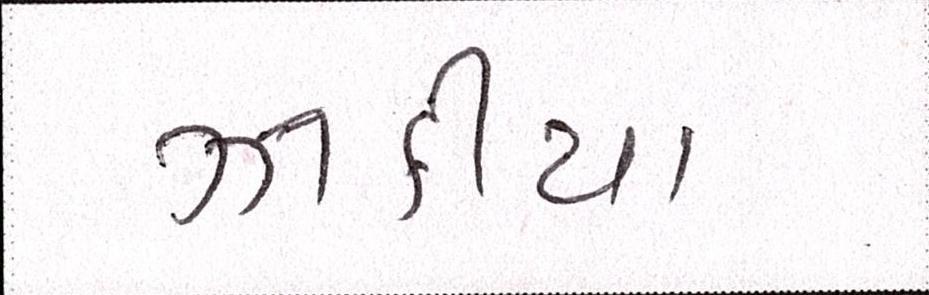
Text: ઝાકીયા